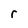
Character: r